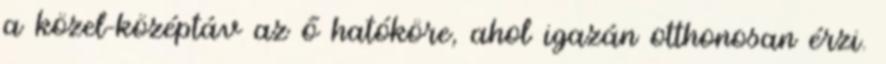
a közel-középtáv az ő hatóköre, ahol igazán otthonosan érzi.